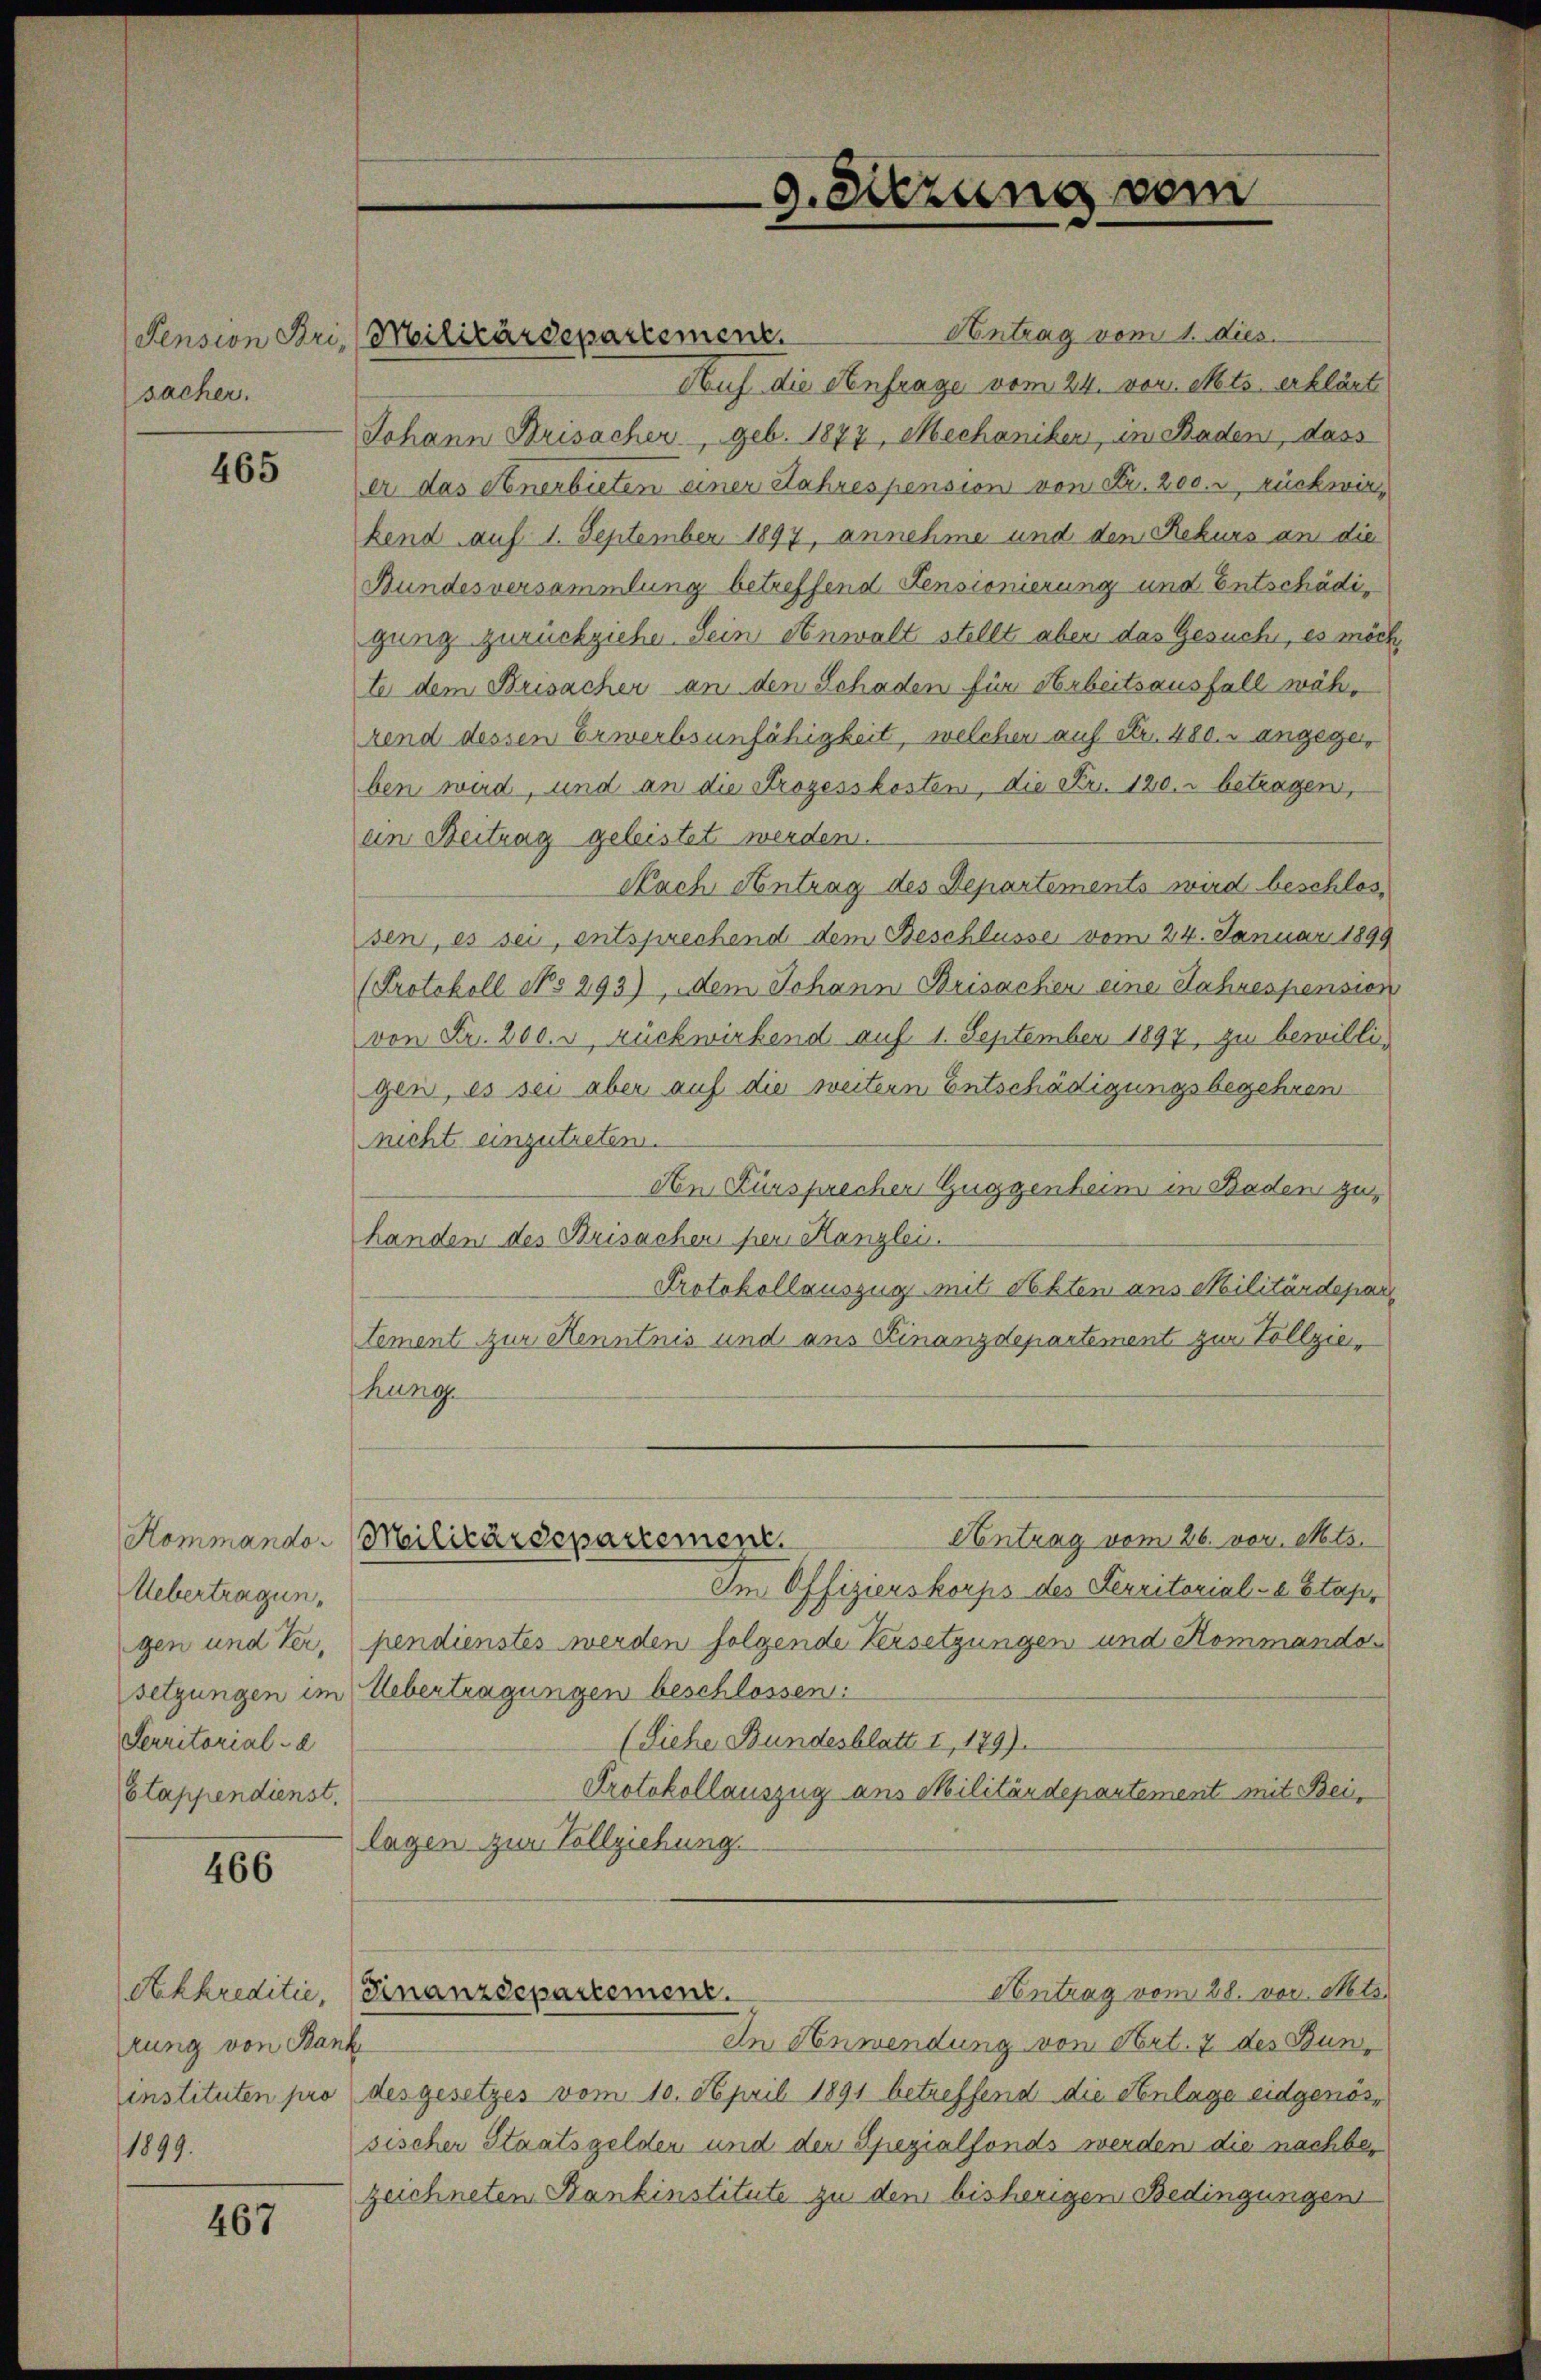
Pension Bri,
sacher.

465

Uebertragungen und Versetzungen im
Ferritorial - d
Etappendienst.

466

rung von Ban
instituten pro
1899.

467

Antrag vom 1. dies
Auf die Anfrage vom 24. vor. Mts. erklärte
Johann Brisacher, geb. 1877, Mechaniken, in Baden, dass
er das Anerbieten einer Jahrespension von Fr. 200. rückwirkend auf 1. September 1897, annehme und den Rekurs an die
Bundesversammlung betreffend Fensionierung und Entschädigung zurückziehe. Sein Anwalt stellt aber das Gesucht, es möch
te dem Brisacher an den Schaden für Arbeitsausfall während dessen Erwerbsunfähigkeit, welcher auf Fr. 480. angegeben wird, und an die Prozesskosten, die Nr. 120.- betragen,
ein Beitrag geleistet werden.
Nach Antrag des Departements wird beschlossen, es sei, entsprechend dem Beschlüsse vom 24. Januar 1899
(Protokoll No 293), dem Johann Brisachen eine Jahrespension
von Fr. 200. v, rückwirkend auf 1. September 1897, zu bewilligen, es sei aber auf die weitern Entschädigungsbegehren
nicht einzutreten.
An Fürsprecher Guggenheim in Baden zuhanden des Brisachen per Kanzlei.
Protokollauszug mit Akten aus Militärdepar
tement zur Kenntnis und aus Finanzdepartement zur Vollziethung
Antrag vom 26. vor. Mts.
Kommandor Militärdepartemen
Im Offizierskorps des Serritorial- u Stap
pendienstes werden folgende Versetzungen und Kommando
Uebertragungen beschlossen:
(Siehe Bundesblatt I, 179).
Protokollauszug aus Militärdepartement mit Beilagen zur Vollziehung.
Antrag vom 28. vor. Mts.
Akkreditie, (Finanzdepartement.
In Anwendung von Art. 7 des Bunf
desgesetzes vom 10. April 1891 betreffend die Anlage eidgenössischer Staatsgelden und der Spezialfonds werden die nachbezeichneten Bankinstitute zu dem bisherigen Bedingungen

Militärdepartement.

9. Sitzung vom